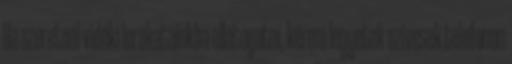
Ha szeretnél vidéki lerakatainkba ellátogatni, kérem legyetek szívesek telefonon